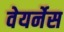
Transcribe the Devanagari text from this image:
वेयर्नेस